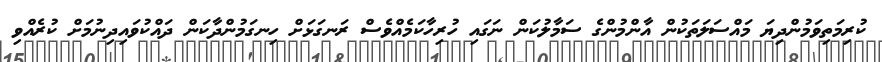
ކުރިމަތިވަމުންދިޔަ މައްސަލަތަކުން އާންމުންގެ ސަމާލުކަން ނަގައި ހުރިހާކަމެއްވެސް ރަނގަޅަށް ހިނގަމުންދާކަން ދައްކުވައިދިނުމަށް ކުރެއްވި